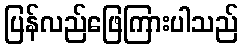
ပြန်လည်ဖြေကြားပါသည်